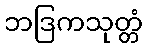
ဘဒြကသုတ္တံ